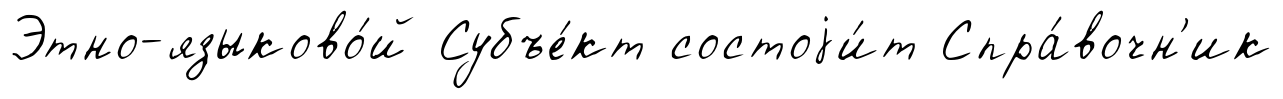
Этно-языково́й Субъе́кт состоjи́т Спра́вочн'ик